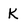
Character: K